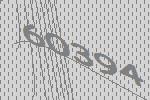
60394